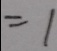
= 1